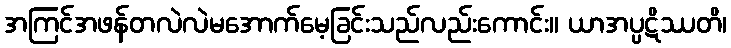
အကြင်အဖန်တလဲလဲမအောက်မေ့ခြင်းသည်လည်းကောင်း။ ယာအပ္ပဋိဿတိ၊